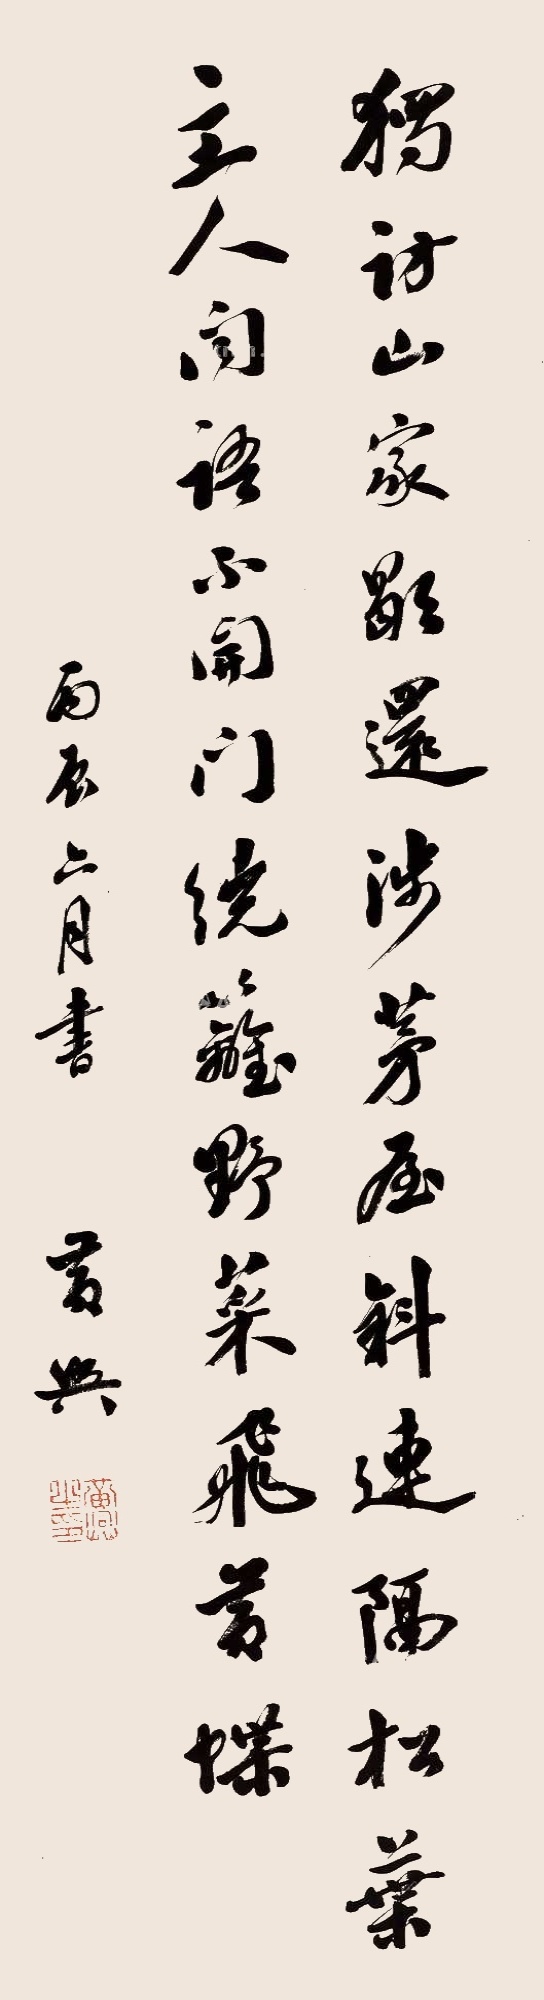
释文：独访山家歇还涉，茅屋斜连隔松叶，主人闻语不开门，绕篱野菜飞黄蝶。丙辰六月书，黄兴。